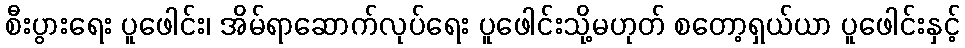
စီးပွားရေး ပူဖေါင်း၊ အိမ်ရာဆောက်လုပ်ရေး ပူဖေါင်းသို့မဟုတ် စတော့ရှယ်ယာ ပူဖေါင်းနှင့်